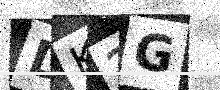
Text: DK2G